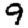
Digit: 9